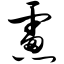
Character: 虑